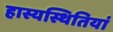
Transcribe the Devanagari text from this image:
हास्यस्थितियां